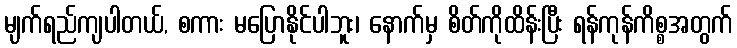
မျက်ရည်ကျပါတယ်, စကား မပြောနိုင်ပါဘူး၊ နောက်မှ စိတ်ကိုထိန်းပြီး ရန်ကုန်ကိစ္စအတွက်